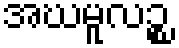
အဃမူလဉ္စ